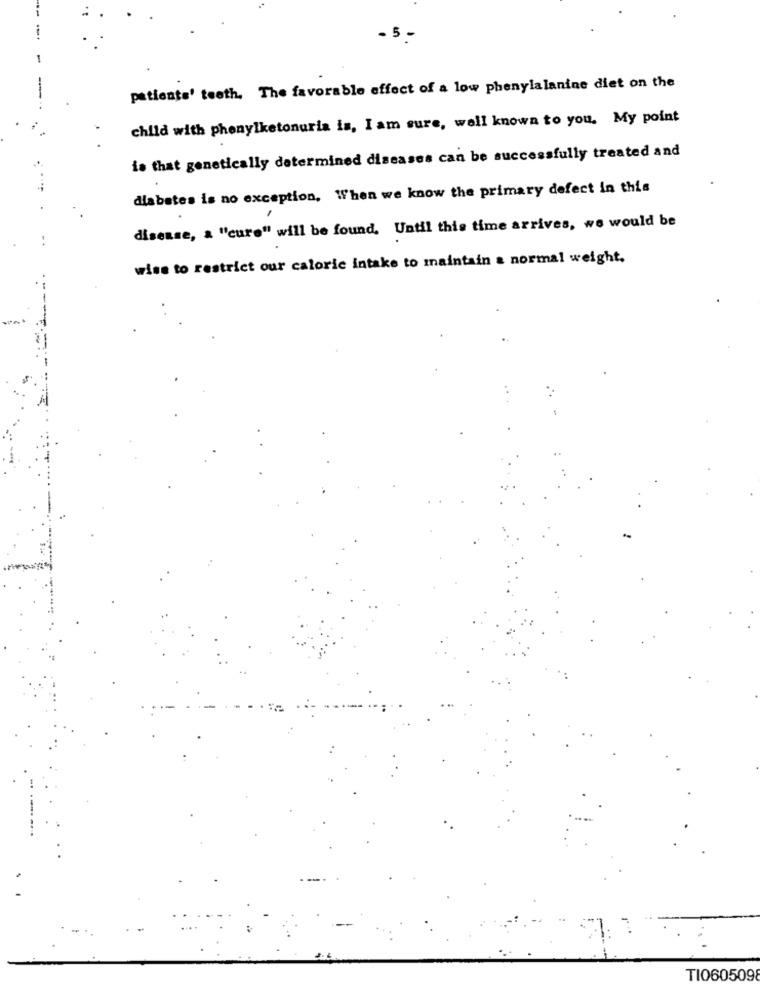
- 5 -
patients' teeth. The favorable effect of a low phenylalanine diet on the
child with phenylketonuria is, I am sure, well known to you. My point
is that genetically determined diseases can be successfully treated and
diabetes is no exception, When we know the primary defect in this
disease, a "cure" will be found, Until this time arrives, we would be
wise to restrict our calorie intake to maintain a normal weight.
TI060509